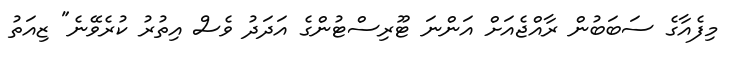
މިފެއާގެ ސަބަބުން ރާއްޖެއަށް އަންނަ ޓޫރިސްޓުންގެ އަދަދު ވެސް އިތުރު ކުރެވޭނެ" ޒިއަތު